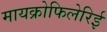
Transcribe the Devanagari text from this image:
मायक्रोफिलेरिई